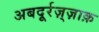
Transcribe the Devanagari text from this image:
अबदूर्रज़्ज़ाक़